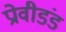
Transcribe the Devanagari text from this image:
प्रोवीडंड